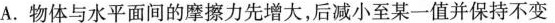
A.物体与水平面间的摩擦力先增大，后减小至某一值并保持不变